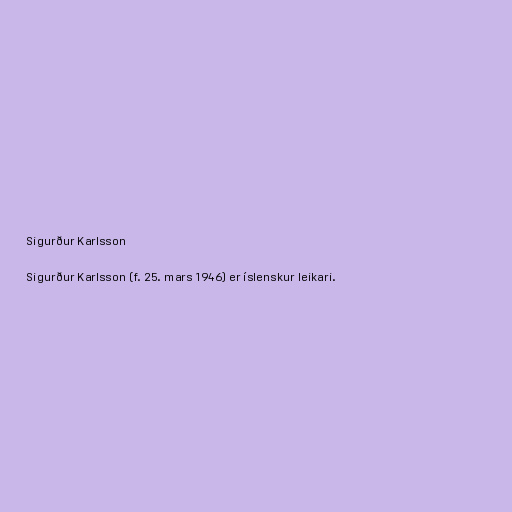
Sigurður Karlsson

Sigurður Karlsson (f. 25. mars 1946) er íslenskur leikari.